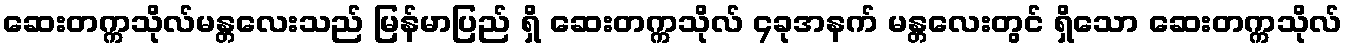
ဆေးတက္ကသိုလ်မန္တလေးသည် မြန်မာပြည် ရှိ ဆေးတက္ကသိုလ် ၄ခုအနက် မန္တလေးတွင် ရှိသော ဆေးတက္ကသိုလ်